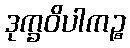
ဒုက္ခဝိပါကဉ္စ